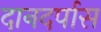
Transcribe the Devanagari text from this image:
दानदर्पास